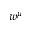
w ^ { \mu }